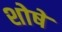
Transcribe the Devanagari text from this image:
शोषे